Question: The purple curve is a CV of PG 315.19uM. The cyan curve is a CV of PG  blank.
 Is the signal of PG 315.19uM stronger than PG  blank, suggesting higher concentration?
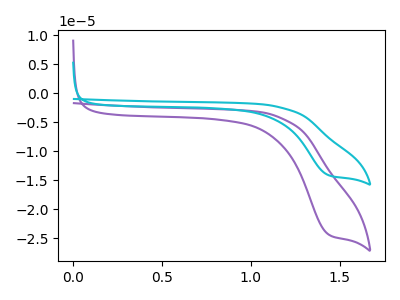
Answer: <think>The purple curve "PG 315.19uM" has a cathodic peak at: (1.45V, -24.35uA). The cyan curve "PG  blank" has a cathodic peak at: (1.45V, -14.15uA).
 All the peaks in "PG 315.19uM" have a peak in "PG  blank" at the same potential. Every peak in "PG 315.19uM" is higher than every peak in "PG  blank".</think>
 <answer>"PG 315.19uM" has more signal than "PG  blank" and so likely has a higher concentration.</answer>
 <eval>more_concentration</eval>